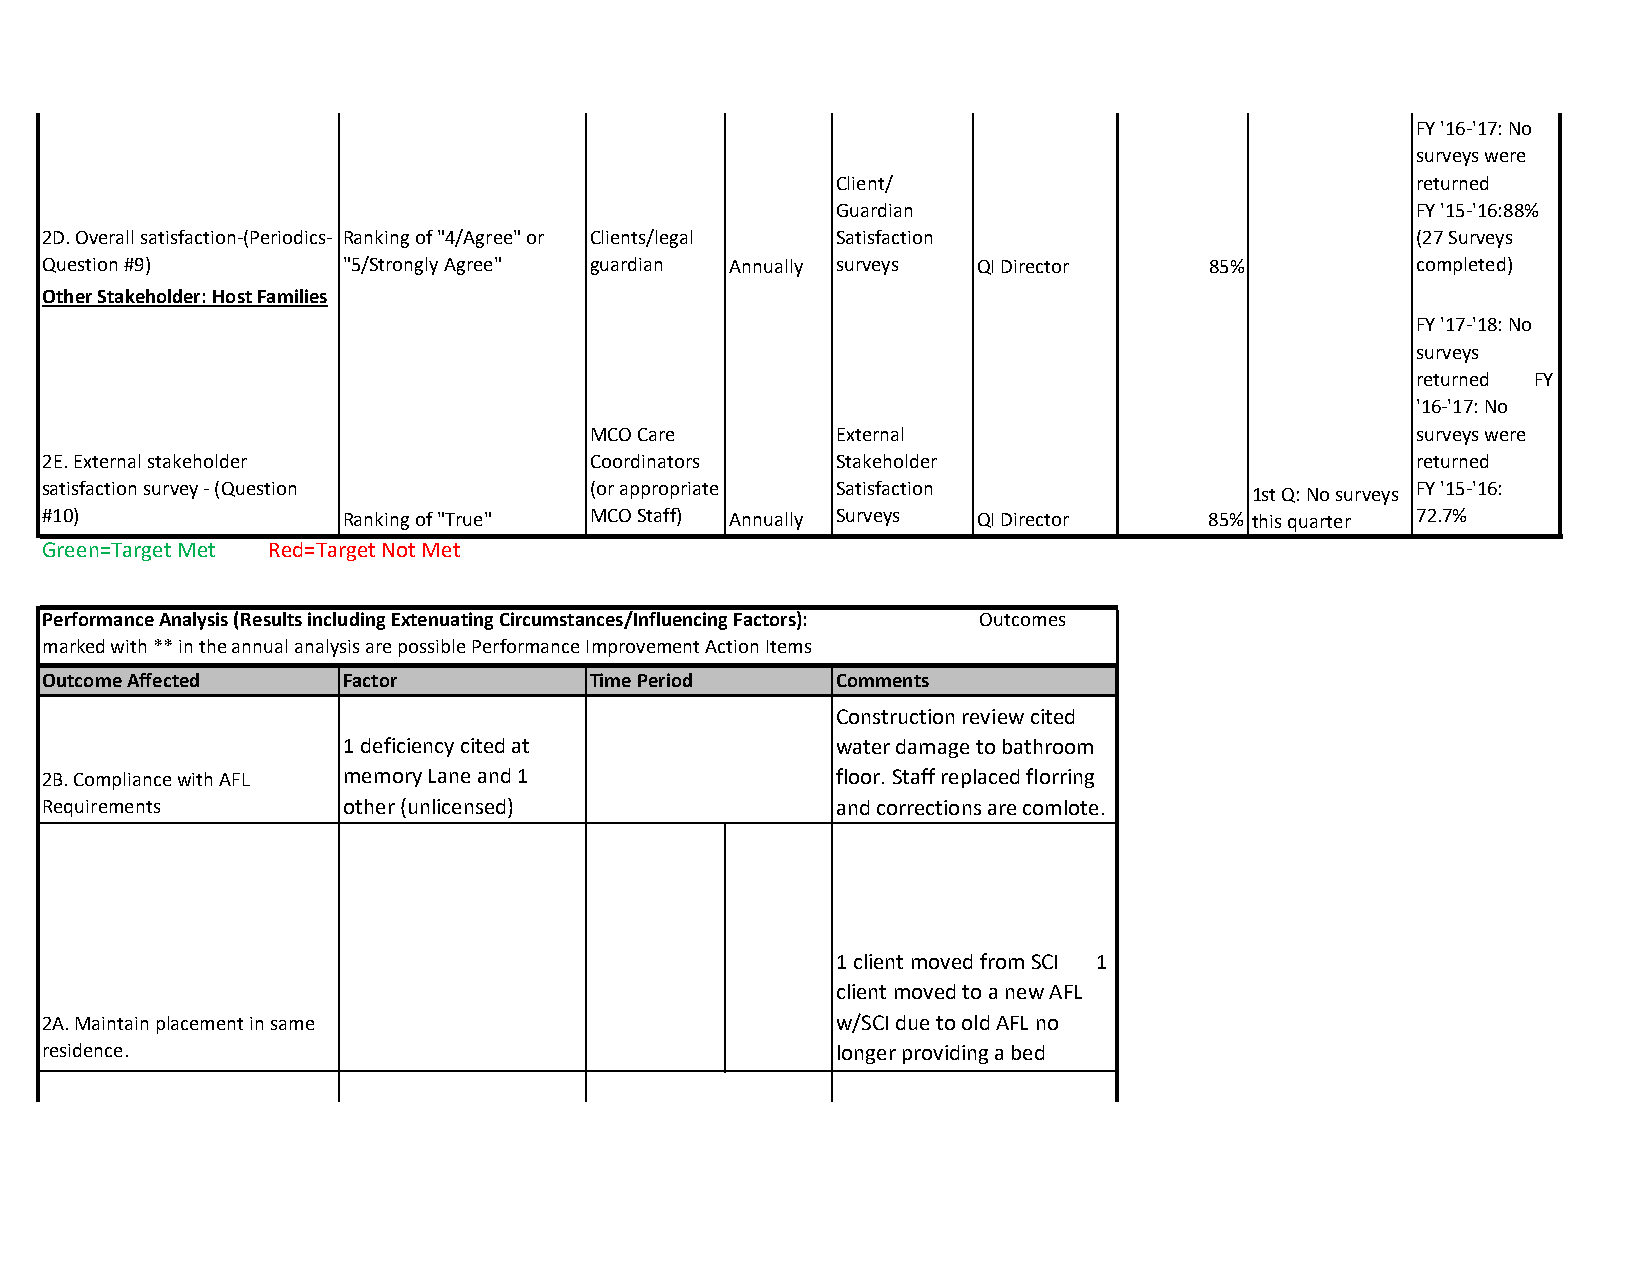
FY '16-'17: No
 surveys were
 Client/                                returned
 Guardian                               FY '15-'16:88%
 2D. Overall satisfaction-(Periodics- Ranking of "4/Agree" or Clients/legal Satisfaction    (27 Surveys
 Question #9)        "5/Strongly Agree" guardian Annually surveys QI Director 85%           completed)
 Other Stakeholder: Host Families
 FY '17-'18: No
 surveys
 returned FY
 '16-'17: No
 MCO Care        External                               surveys were
 2E. External stakeholder            Coordinators    Stakeholder                            returned
 satisfaction survey - (Question     (or appropriate Satisfaction                1st Q: No surveys FY '15-'16:
 #10)                Ranking of "True" MCO Staff) Annually Surveys QI Director 85% this quarter 72.7%
 Green=Target Met Red=Target Not Met
 Performance Analysis (Results including Extenuating Circumstances/Influencing Factors): Outcomes
 marked with ** in the annual analysis are possible Performance Improvement Action Items
 Outcome Affected    Factor          Time Period     Comments
 Construction review cited
 1 deficiency cited at            water damage to bathroom
 2B. Compliance with AFL memory Lane and 1            floor. Staff replaced florring
 Requirements        other (unlicensed)               and corrections are comlote.
 1 client moved from SCI 1
 client moved to a new AFL
 2A. Maintain placement in same                       w/SCI due to old AFL no
 residence.                                           longer providing a bed